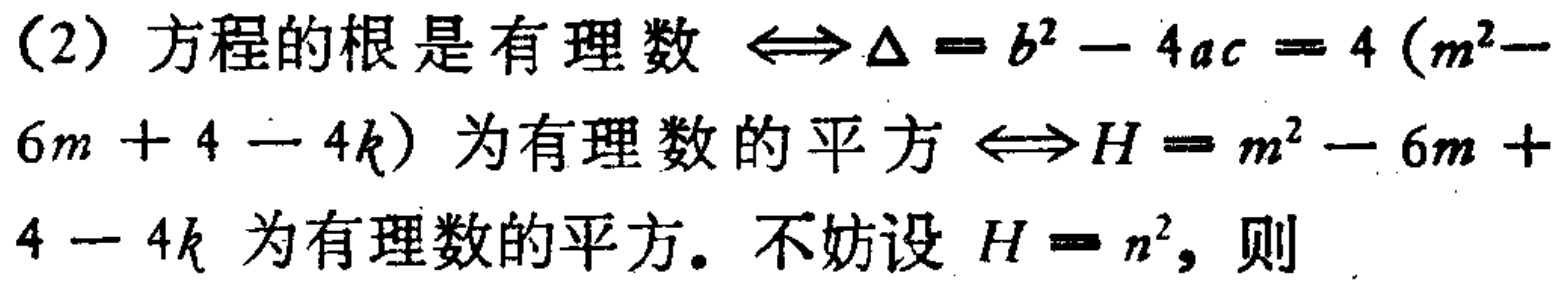
（2）方程的根是有理数$\Leftrightarrow\Delta = b^{2}-4ac = 4(m^{2}-6m + 4 - 4k)$为有理数的平方$\Leftrightarrow H = m^{2}-6m + 4 - 4k$为有理数的平方。不妨设$H = n^{2}$，则